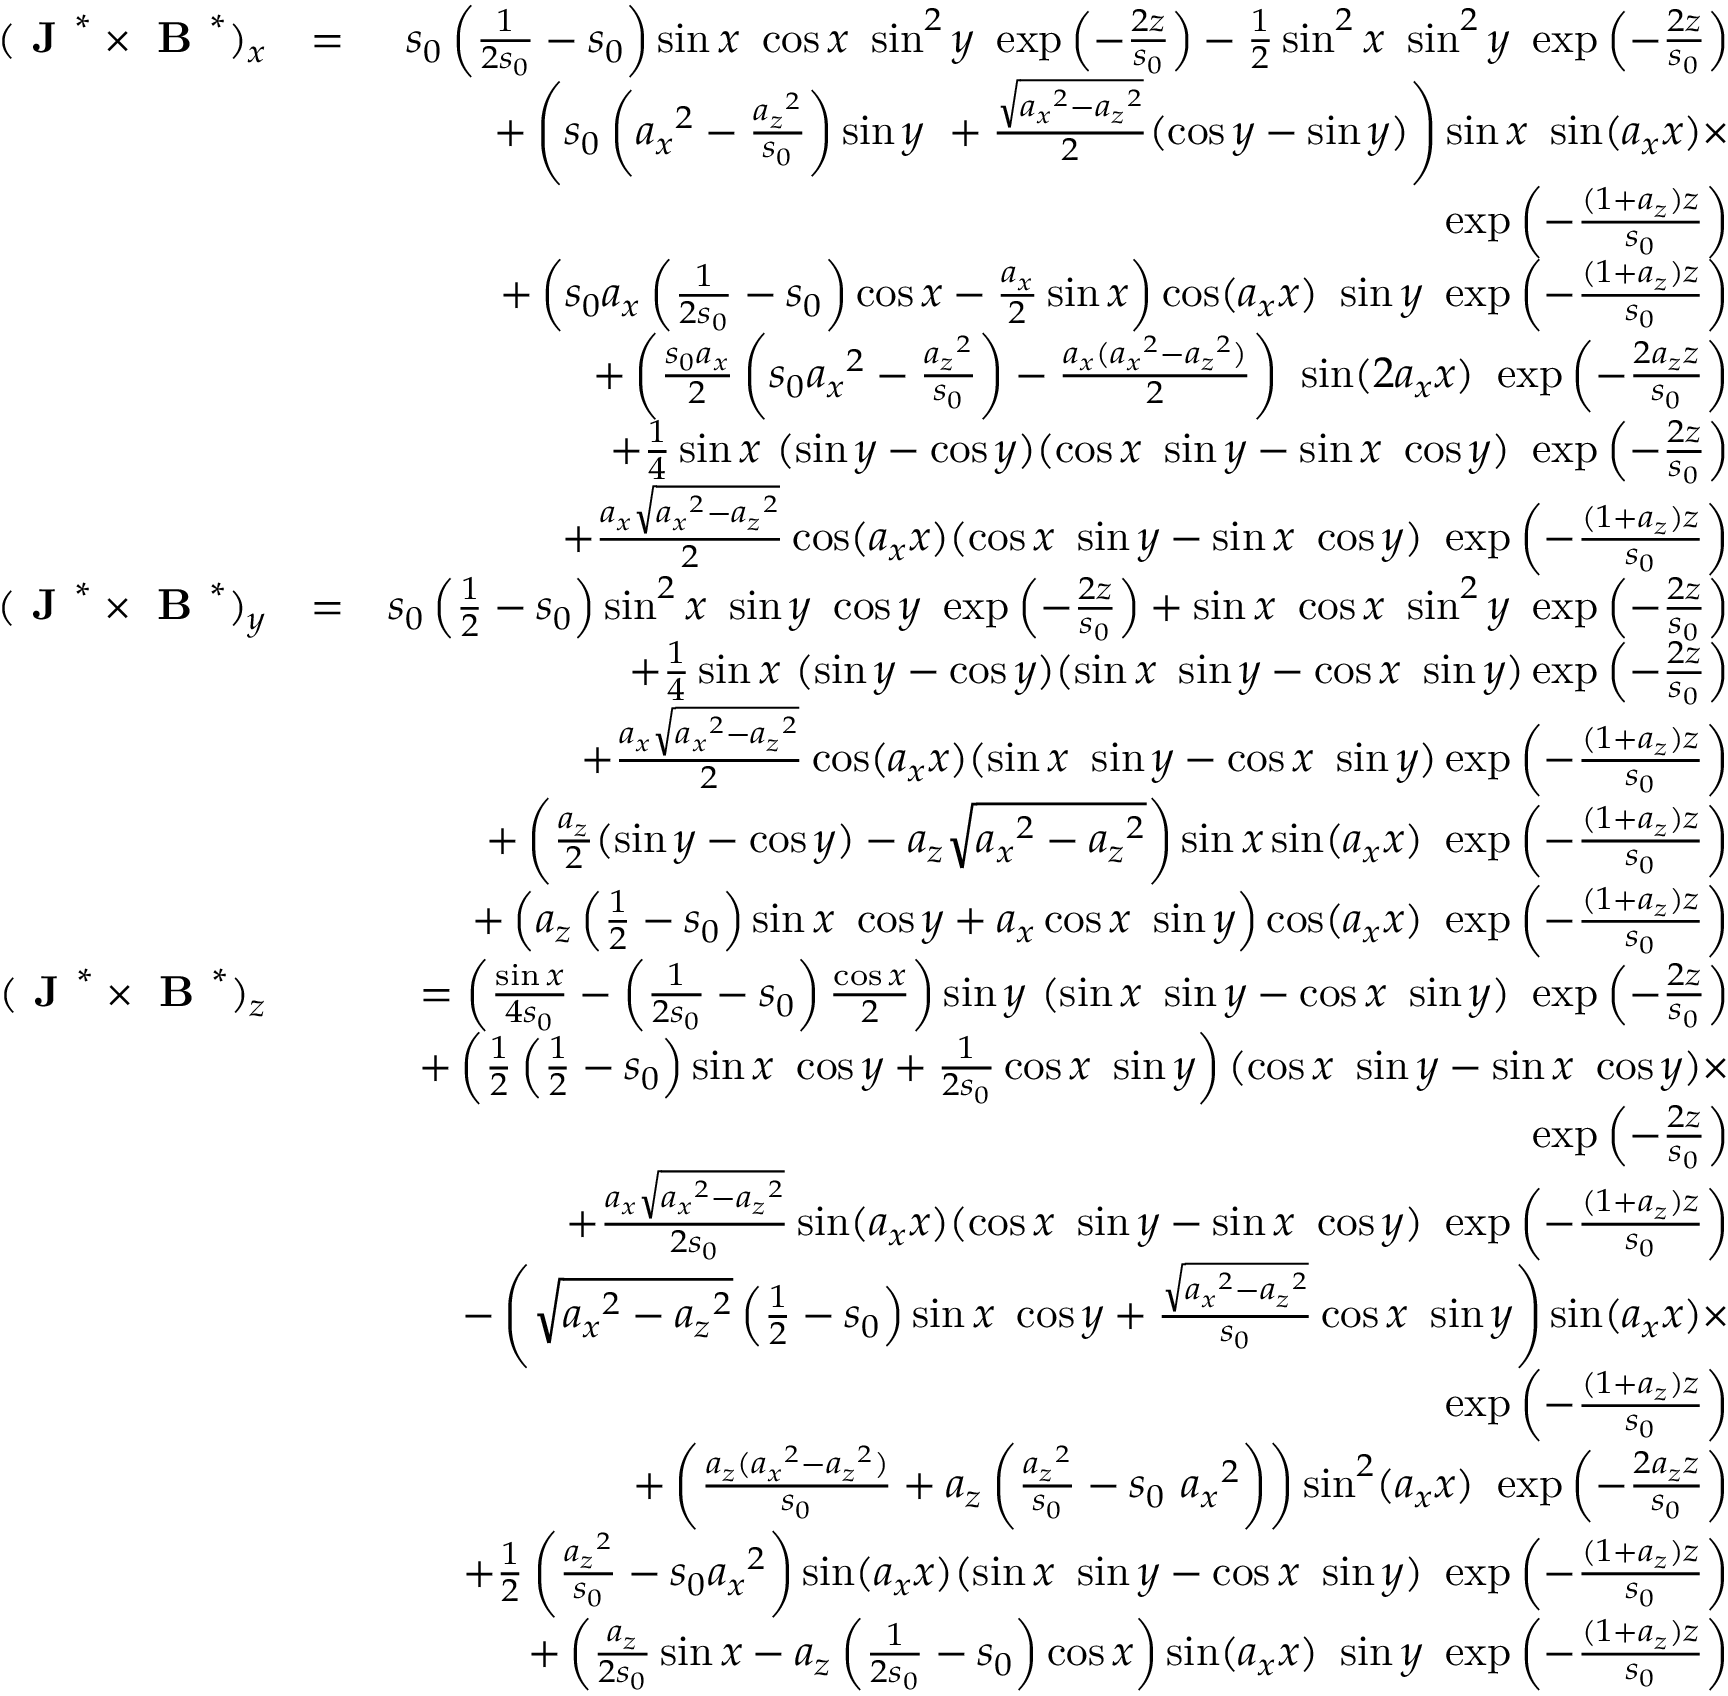
\begin{array} { r l r } { ( \textbf { J } ^ { * } \times \textbf { B } ^ { * } ) _ { x } } & { = } & { s _ { 0 } \left( \frac { 1 } { 2 s _ { 0 } } - s _ { 0 } \right) \sin x ~ \cos x ~ \sin ^ { 2 } y ~ \exp \left( - \frac { 2 z } { s _ { 0 } } \right) - \frac { 1 } { 2 } \sin ^ { 2 } x ~ \sin ^ { 2 } y ~ \exp \left( - \frac { 2 z } { s _ { 0 } } \right) } \\ & { } & { + \left( s _ { 0 } \left( { a _ { x } } ^ { 2 } - \frac { { a _ { z } } ^ { 2 } } { s _ { 0 } } \right) \sin y ~ + \frac { \sqrt { { a _ { x } } ^ { 2 } - { a _ { z } } ^ { 2 } } } { 2 } ( \cos y - \sin y ) \right) \sin x ~ \sin ( a _ { x } x ) \times } \\ & { } & { \exp \left( - \frac { ( 1 + a _ { z } ) z } { s _ { 0 } } \right) } \\ & { } & { + \left( s _ { 0 } a _ { x } \left( \frac { 1 } { 2 s _ { 0 } } - s _ { 0 } \right) \cos x - \frac { a _ { x } } { 2 } \sin x \right) \cos ( a _ { x } x ) ~ \sin y ~ \exp \left( - \frac { ( 1 + a _ { z } ) z } { s _ { 0 } } \right) } \\ & { } & { + \left( \frac { s _ { 0 } a _ { x } } { 2 } \left( s _ { 0 } { a _ { x } } ^ { 2 } - \frac { { a _ { z } } ^ { 2 } } { s _ { 0 } } \right) - \frac { a _ { x } ( { a _ { x } } ^ { 2 } - { a _ { z } } ^ { 2 } ) } { 2 } \right) ~ \sin ( 2 a _ { x } x ) ~ \exp \left( - \frac { 2 a _ { z } z } { s _ { 0 } } \right) } \\ & { } & { + \frac { 1 } { 4 } \sin x ~ ( \sin y - \cos y ) ( \cos x ~ \sin y - \sin x ~ \cos y ) ~ \exp \left( - \frac { 2 z } { s _ { 0 } } \right) } \\ & { } & { + \frac { a _ { x } \sqrt { { a _ { x } } ^ { 2 } - { a _ { z } } ^ { 2 } } } { 2 } \cos ( a _ { x } x ) ( \cos x ~ \sin y - \sin x ~ \cos y ) ~ \exp \left( - \frac { ( 1 + a _ { z } ) z } { s _ { 0 } } \right) } \\ { ( \textbf { J } ^ { * } \times \textbf { B } ^ { * } ) _ { y } } & { = } & { s _ { 0 } \left( \frac { 1 } { 2 } - s _ { 0 } \right) \sin ^ { 2 } x ~ \sin y ~ \cos y ~ \exp \left( - \frac { 2 z } { s _ { 0 } } \right) + \sin x ~ \cos x ~ \sin ^ { 2 } y ~ \exp \left( - \frac { 2 z } { s _ { 0 } } \right) } \\ & { } & { + \frac { 1 } { 4 } \sin x ~ ( \sin y - \cos y ) ( \sin x ~ \sin y - \cos x ~ \sin y ) \exp \left( - \frac { 2 z } { s _ { 0 } } \right) } \\ & { } & { + \frac { a _ { x } \sqrt { { a _ { x } } ^ { 2 } - { a _ { z } } ^ { 2 } } } { 2 } \cos ( a _ { x } x ) ( \sin x ~ \sin y - \cos x ~ \sin y ) \exp \left( - \frac { ( 1 + a _ { z } ) z } { s _ { 0 } } \right) } \\ & { } & { + \left( \frac { a _ { z } } { 2 } ( \sin y - \cos y ) - a _ { z } \sqrt { { a _ { x } } ^ { 2 } - { a _ { z } } ^ { 2 } } \right) \sin x \sin ( a _ { x } x ) ~ \exp \left( - \frac { ( 1 + a _ { z } ) z } { s _ { 0 } } \right) } \\ & { } & { + \left( a _ { z } \left( \frac { 1 } { 2 } - s _ { 0 } \right) \sin x ~ \cos y + a _ { x } \cos x ~ \sin y \right) \cos ( a _ { x } x ) ~ \exp \left( - \frac { ( 1 + a _ { z } ) z } { s _ { 0 } } \right) } \\ { ( \textbf { J } ^ { * } \times \textbf { B } ^ { * } ) _ { z } } & { } & { = \left( \frac { \sin x } { 4 s _ { 0 } } - \left( \frac { 1 } { 2 s _ { 0 } } - s _ { 0 } \right) \frac { \cos x } { 2 } \right) \sin y ~ ( \sin x ~ \sin y - \cos x ~ \sin y ) ~ \exp \left( - \frac { 2 z } { s _ { 0 } } \right) } \\ & { } & { + \left( \frac { 1 } { 2 } \left( \frac { 1 } { 2 } - s _ { 0 } \right) \sin x ~ \cos y + \frac { 1 } { 2 s _ { 0 } } \cos x ~ \sin y \right) ( \cos x ~ \sin y - \sin x ~ \cos y ) \times } \\ & { } & { \exp \left( - \frac { 2 z } { s _ { 0 } } \right) } \\ & { } & { + \frac { a _ { x } \sqrt { { a _ { x } } ^ { 2 } - { a _ { z } } ^ { 2 } } } { 2 s _ { 0 } } \sin ( a _ { x } x ) ( \cos x ~ \sin y - \sin x ~ \cos y ) ~ \exp \left( - \frac { ( 1 + a _ { z } ) z } { s _ { 0 } } \right) } \\ & { } & { - \left( \sqrt { { a _ { x } } ^ { 2 } - { a _ { z } } ^ { 2 } } \left( \frac { 1 } { 2 } - s _ { 0 } \right) \sin x ~ \cos y + \frac { \sqrt { { a _ { x } } ^ { 2 } - { a _ { z } } ^ { 2 } } } { s _ { 0 } } \cos x ~ \sin y \right) \sin ( a _ { x } x ) \times } \\ & { } & { \exp \left( - \frac { ( 1 + a _ { z } ) z } { s _ { 0 } } \right) } \\ & { } & { + \left( \frac { a _ { z } ( { a _ { x } } ^ { 2 } - { a _ { z } } ^ { 2 } ) } { s _ { 0 } } + a _ { z } \left( \frac { { a _ { z } } ^ { 2 } } { s _ { 0 } } - s _ { 0 } ~ { a _ { x } } ^ { 2 } \right) \right) \sin ^ { 2 } ( a _ { x } x ) ~ \exp \left( - \frac { 2 a _ { z } z } { s _ { 0 } } \right) } \\ & { } & { + \frac { 1 } { 2 } \left( \frac { { a _ { z } } ^ { 2 } } { s _ { 0 } } - s _ { 0 } { a _ { x } } ^ { 2 } \right) \sin ( a _ { x } x ) ( \sin x ~ \sin y - \cos x ~ \sin y ) ~ \exp \left( - \frac { ( 1 + a _ { z } ) z } { s _ { 0 } } \right) } \\ & { } & { + \left( \frac { a _ { z } } { 2 s _ { 0 } } \sin x - a _ { z } \left( \frac { 1 } { 2 s _ { 0 } } - s _ { 0 } \right) \cos x \right) \sin ( a _ { x } x ) ~ \sin y ~ \exp \left( - \frac { ( 1 + a _ { z } ) z } { s _ { 0 } } \right) } \end{array}